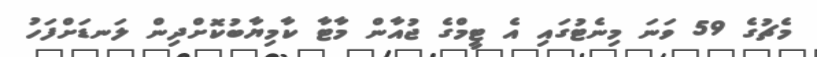
މެޗުގެ 59 ވަނަ މިނެޓުގައި އެ ޓީމްގެ ޖުއާން މާޓާ ކާމިޔާބުކޮށްދިން ލަނޑަށްފަހު